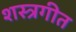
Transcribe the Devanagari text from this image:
शस्त्रगीत